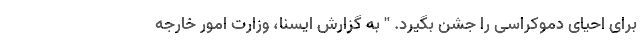
برای احیای دموکراسی را جشن بگیرد. '' به گزارش ایسنا، وزارت امور خارجه